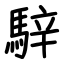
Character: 騂